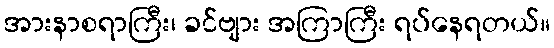
အားနာစရာကြီး၊ ခင်ဗျား အကြာကြီး ရပ်နေရတယ်။